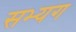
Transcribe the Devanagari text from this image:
सभ्यग